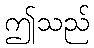
ဤသည်